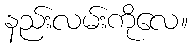
နည်းလမ်းကိုလေ။